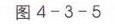
请补充图片内容，以便我按要求回复。